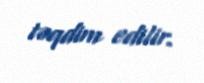
təqdim edilir.